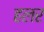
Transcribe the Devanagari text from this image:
हलर